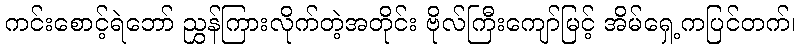
ကင်းစောင့်ရဲဘော် ညွှန်ကြားလိုက်တဲ့အတိုင်း ဗိုလ်ကြီးကျော်မြင့် အိမ်ရှေ့ကပြင်တက်၊